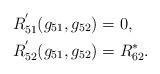
LaTeX: \begin{align*}R_{51}^{'}(g_{51},g_{52})&= 0, \\R_{52}^{'}(g_{51},g_{52})&= R_{62}^*.\end{align*}